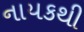
નાયકથી